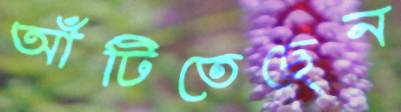
আঁটিতেছেন